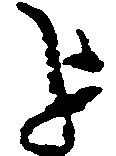
を